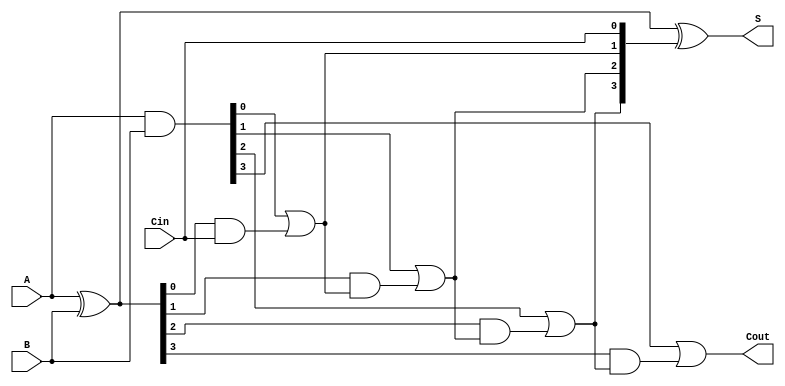
module SklanskyAdder #(parameter N = 4) (
    input [N-1:0] A,     // First n-bit input
    input [N-1:0] B,     // Second n-bit input
    input Cin,           // Carry input
    output [N-1:0] S,    // n-bit sum output
    output Cout          // Carry output
);
    // Generate and Propagate signals
    wire [N-1:0] G;      // Generate signals
    wire [N-1:0] P;      // Propagate signals
    wire [N:0] C;        // Carry signals

    // Generate and Propagate calculations
    assign G = A & B;
    assign P = A ^ B;

    // Carry calculations using the Sklansky structure
    // Level 1
    assign C[0] = Cin;
    assign C[1] = G[0] | (P[0] & C[0]);
    assign C[2] = G[1] | (P[1] & C[1]);
    assign C[3] = G[2] | (P[2] & C[2]);
    assign C[4] = G[3] | (P[3] & C[3]);

    // You may expand this for larger numbers using a more extensive hierarchical structure.
    // Final output carry
    assign Cout = C[N];

    // Sum calculation
    assign S = P ^ {C[N-1:0]};

endmodule